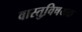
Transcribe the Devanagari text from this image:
वास्तुवि़षयक